Proceedings of the meeting of veterinary officers in India
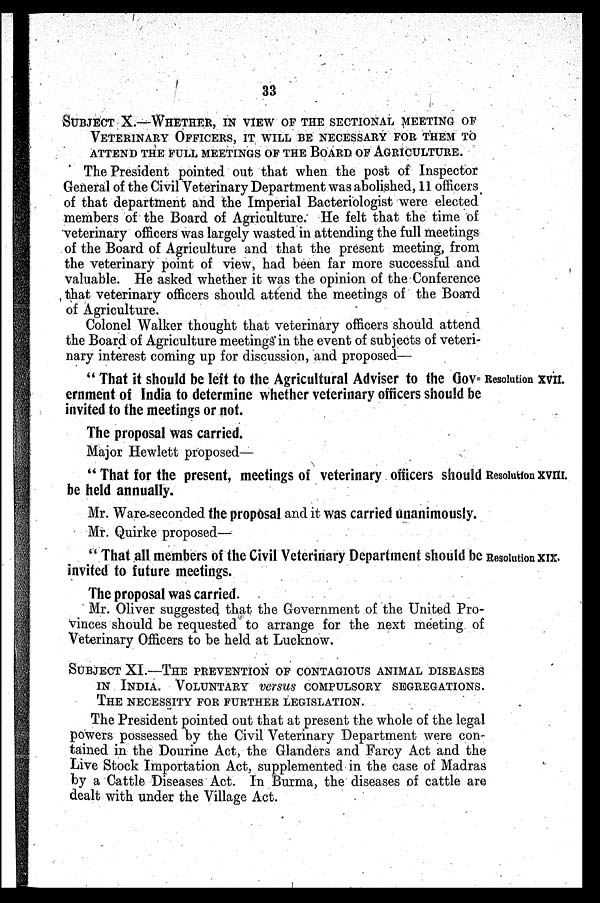
33
SUBJECT X.—WHETHER, IN VIEW OF THE SECTIONAL MEETING OP
VETERINARY OFFICERS, IT WILL BE NECESSARY FOR THEM TO
ATTEND THE FULL MEETINGS OF THE BOARD OF AGRICULTURE.
The President pointed out that when the post of Inspector
General of the Civil Veterinary Department was abolished, 11 officers
of that department and the Imperial Bacteriologist were elected
members of the Board of Agriculture. He felt that the time of
veterinary officers was largely wasted in attending the full meetings
of the Board of Agriculture and that the present meeting, from
the veterinary point of view, had been far more successful and
Valuable. He asked whether it was the opinion of the Conference
that veterinary officers should attend the meetings of the Board
of Agriculture.
Colonel Walker thought that veterinary officers should attend
the Board of Agriculture meetings in the event of subjects of veteri-
nary interest coming up for discussion, and proposed—
Resolution XVII.
"That it should be left to the Agricultural Adviser to the Gov=
ernment of India to determine whether veterinary officers should be
invited to the meetings or not.
The proposal was carried.
Major Hewlett proposed—
Resolution XVIII.
"That for the present, meetings of veterinary officers should
be held annually.
Mr. Ware seconded the proposal and it was carried unanimously.
Mr. Quirke proposed—
Resolution XIX.
"That all members of the Civil Veterinary Department should be
invited to future meetings.
The proposal was carried.
Mr. Oliver suggested that the Government of the United Pro-
vinces should be requested to arrange for the next meeting of
Veterinary Officers to be held at Lucknow.
SUBJECT XI.—THE PREVENTION OF CONTAGIOUS ANIMAL DISEASES
IN INDIA. VOLUNTARY versus COMPULSORY SEGREGATIONS.
THE NECESSITY FOR FURTHER LEGISLATION.
The President pointed out that at present the whole of the legal
powers possessed by the Civil Veterinary Department were con-
tained in the Dourine Act, the Glanders and Farcy Act and the
Live Stock Importation Act, supplemented in the case of Madras
by a Cattle Diseases Act. In Burma, the diseases of cattle are
dealt with under the Village Act.